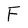
Character: F